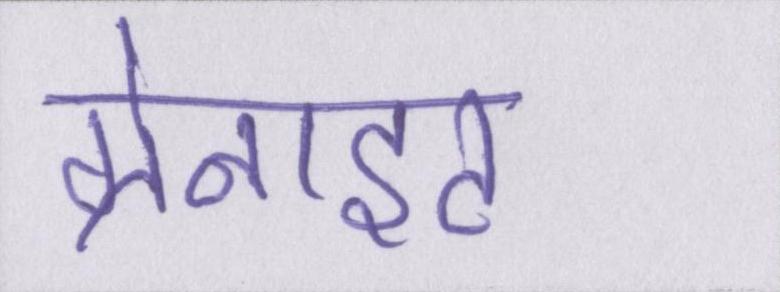
ग्रेनाइट